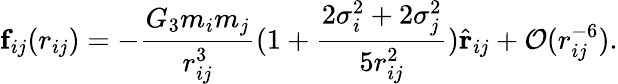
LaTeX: \mathbf{f}_{ij}(r_{ij})=-\frac{G_{3}m_{i}m_{j}}{r_{ij}^{3}}(1+\frac{2\sigma_{i}^{2}+2\sigma_{j}^{2}}{5r_{ij}^{2}})\hat{\mathbf{r}}_{ij}+\mathcal{O}(r_{ij}^{-6}).